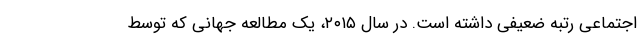
اجتماعی رتبه ضعیفی داشته است. در سال ۲۰۱۵، یک مطالعه جهانی که توسط